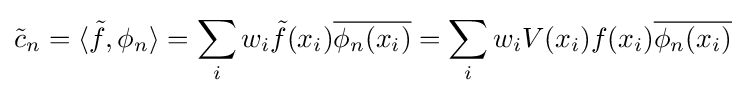
{\tilde {c}}_{n}=\langle {\tilde {f}},\phi _{n}\rangle =\sum _{i}w_{i}{\tilde {f}}(x_{i}){\overline {\phi _{n}(x_{i})}}=\sum _{i}w_{i}V(x_{i})f(x_{i}){\overline {\phi _{n}(x_{i})}}